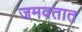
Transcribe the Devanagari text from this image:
जमवतात